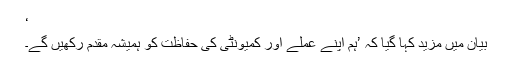
‘
بیان میں مزید کہا گیا کہ ’ہم اپنے عملے اور کمیونٹی کی حفاظت کو ہمیشہ مقدم رکھیں گے۔